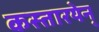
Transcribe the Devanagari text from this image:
कस्तारयेन्